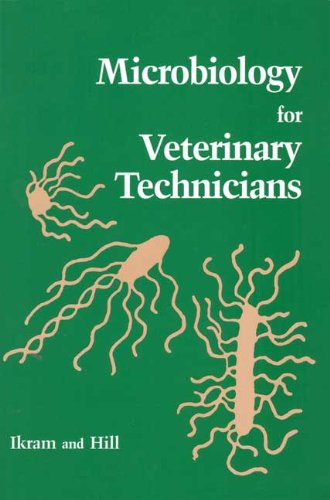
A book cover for Microbiology For Veterinary Technicians, 1e; Muhammed Ikram DVM  Msc  PhD; Medical Books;